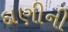
દાણીની